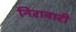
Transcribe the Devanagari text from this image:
निरावारी